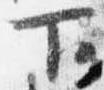
下